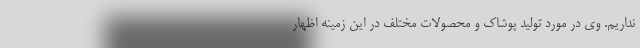
نداریم. وی در مورد تولید پوشاک و محصولات مختلف در این زمینه اظهار